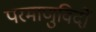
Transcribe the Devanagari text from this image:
परमाणुविदों